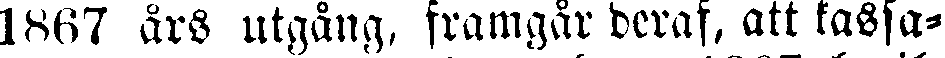
1867 års utgång, framgår deraf, att kassa-